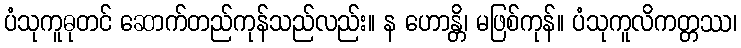
ပံသုကူဓုတင် ဆောက်တည်ကုန်သည်လည်း။ န ဟောန္တိ၊ မဖြစ်ကုန်။ ပံသုကူလိကတ္တဿ၊